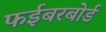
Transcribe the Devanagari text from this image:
फईबरबोर्ड